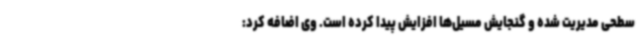
سطحی مدیریت شده و گنجایش مسیل‌ها افزایش پیدا کرده است. وی اضافه کرد: